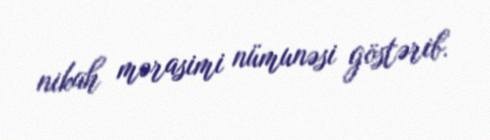
nikah mərasimi nümunəsi göstərib.